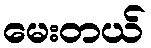
မေးတယ်